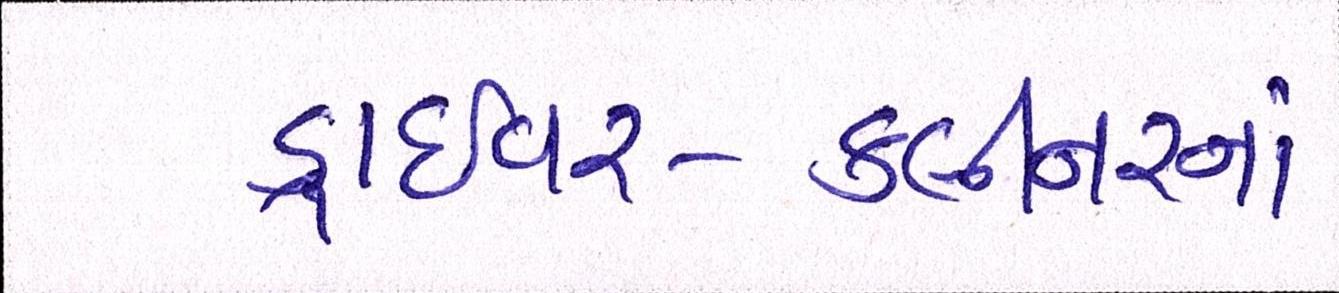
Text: ડ્રાઈવર-ક્લીનરનાં